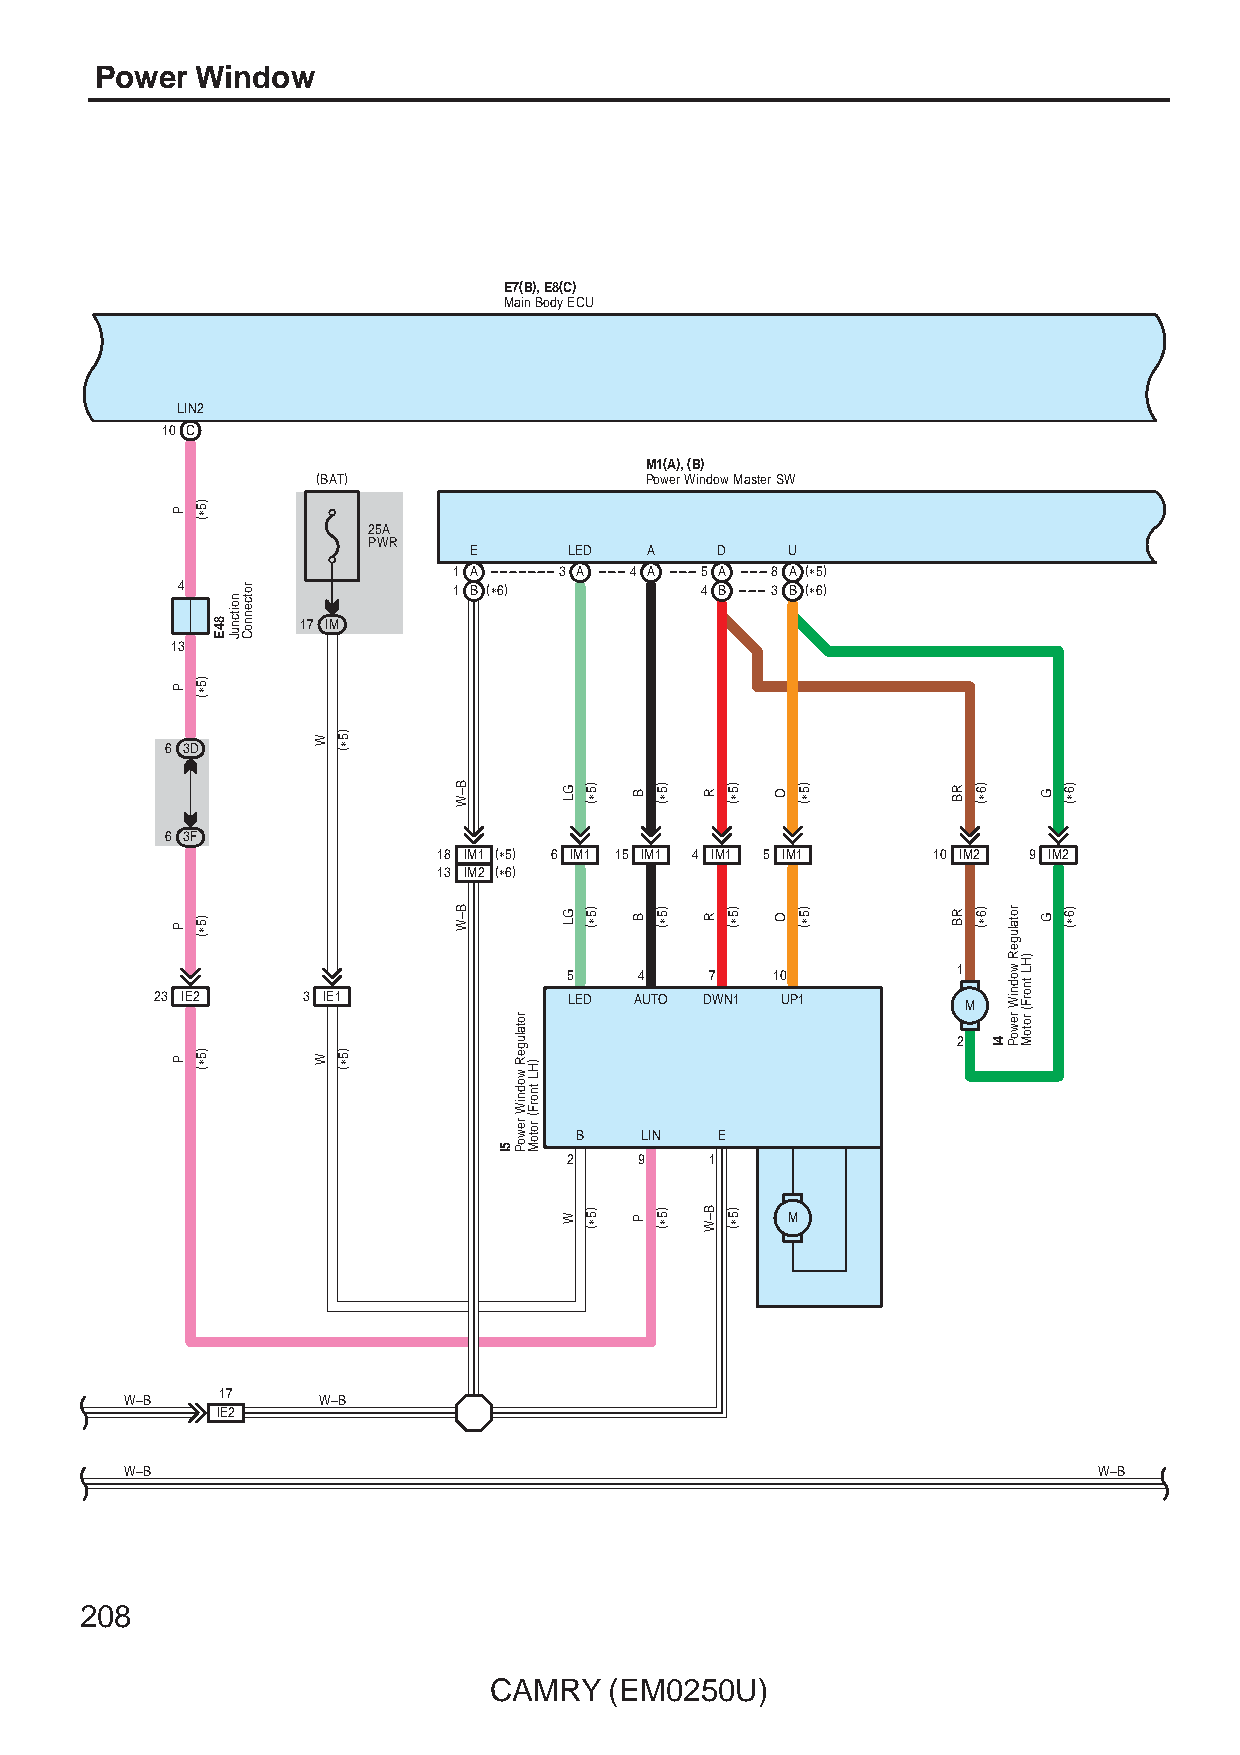
Power  Window
 E7(B), E8(C)
 Main Body ECU
 LIN2
 10 C
 M1(A), (B)
 (BAT)                 Power Window Master SW
 25A
 PWR
 E      LED  A   D    U
 1 A    3 A  4 A 5 A  8 A (∗5)
 4                 1 B (∗6)        4 B  3 B (∗6)
 17 IM
 13
 6 3D
 6 3F
 18 IM1 (∗5) 6 IM1 15 IM1 4 IM1 5 IM1 10 IM2 9 IM2
 13 IM2 (∗6)
 5   4    7   10          1
 23 IE2    3 IE1             LED AUTO DWN1 UP1         M
 2
 B   LIN   E
 2   9    1
 M
 17
 W–B          W–B
 IE2
 W–B                                                              W–B
 208
 CAMRY   (EM0250U)
 P
 P
 P
 P
 )5∗(
 )5∗(
 )5∗(
 )5∗(
 84E
 noitcnuJ
 rotcennoC
 W
 W
 )5∗(
 )5∗(
 B–W
 B–W
 5I
 rotalugeR
 wodniW
 rewoP
 )HL
 tnorF(
 rotoM
 GL
 GL
 W
 )5∗(
 )5∗(
 )5∗(
 B
 B
 P
 )5∗(
 )5∗(
 )5∗(
 R
 R
 B–W
 )5∗(
 )5∗(
 )5∗(
 O
 O
 )5∗(
 )5∗(
 RB
 RB
 )6∗(
 )6∗(
 4I
 rotalugeR
 wodniW
 rewoP
 )HL
 tnorF(
 rotoM
 G
 G
 )6∗(
 )6∗(